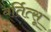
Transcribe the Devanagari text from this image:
बर्तित्सू